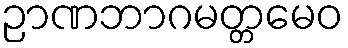
ဉာဏဘာဂမတ္တမေဝ